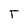
Character: T